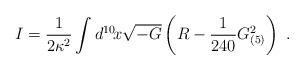
LaTeX: \begin{align*}I=\frac{1}{2\kappa^2}\int d^{10}\!x \sqrt{-G}\left(R-\frac{1}{240}G_{(5)}^2 \right)\ .\end{align*}